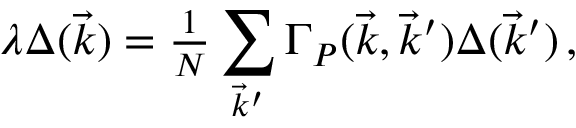
\lambda \Delta ( \vec { k } ) = { \textstyle { \frac { 1 } { N } } } \sum _ { \vec { k } ^ { \prime } } \Gamma _ { P } ( \vec { k } , \vec { k } ^ { \prime } ) \Delta ( \vec { k } ^ { \prime } ) \, ,